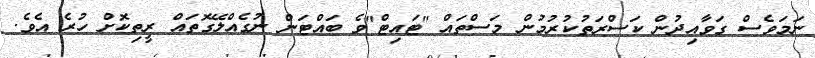
ނަމަވެސް ގަވާއިދުން ކަސްރަތުކުރުމުން މަސްތައް "ޓައިޓް"ވެ ބައްޓަން ނުގެއްލޭގޮތައް ރީތިކޮށް ހުރެ އެވެ.